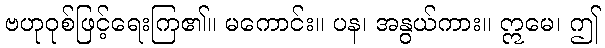
ဗဟုဝုစ်ဖြင့်ရေးကြ၏။ မကောင်း။ ပန၊ အနွယ်ကား။ ဣမေ၊ ဤ